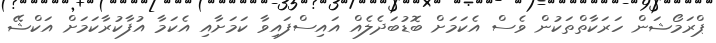
ޕްރަމޯޝަން ހަރަކާތްތަކުން ވެސް އެކަމަށް ބޮޑުބަދެލެއް އައިސްފައިވާ ކަމަށާއި އެކަމާ އުފާކުރާކަމަށް އަކްޝޭ